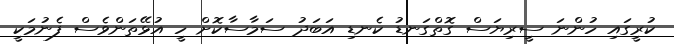
ކުރީގައި ހުންނަ ސީރިޔަސް ގޮތްގަނޑު ކެނޑި އަބަދު ސަމާސާކޮށް ހީ އުޅޭތަންވެސް ފެނުމަކީ